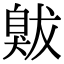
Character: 𦤚